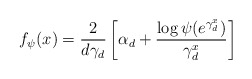
\begin{align*}f_\psi(x) = \frac{2}{d\gamma_d}\left[\alpha_d + \frac{\log\psi(e^{\gamma_d^x})}{\gamma_d^x}\right]\end{align*}